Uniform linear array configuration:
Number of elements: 48
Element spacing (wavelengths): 0.25
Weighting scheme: cosine
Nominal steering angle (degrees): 15
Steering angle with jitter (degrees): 14.521
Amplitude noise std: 0.05
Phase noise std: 0.05

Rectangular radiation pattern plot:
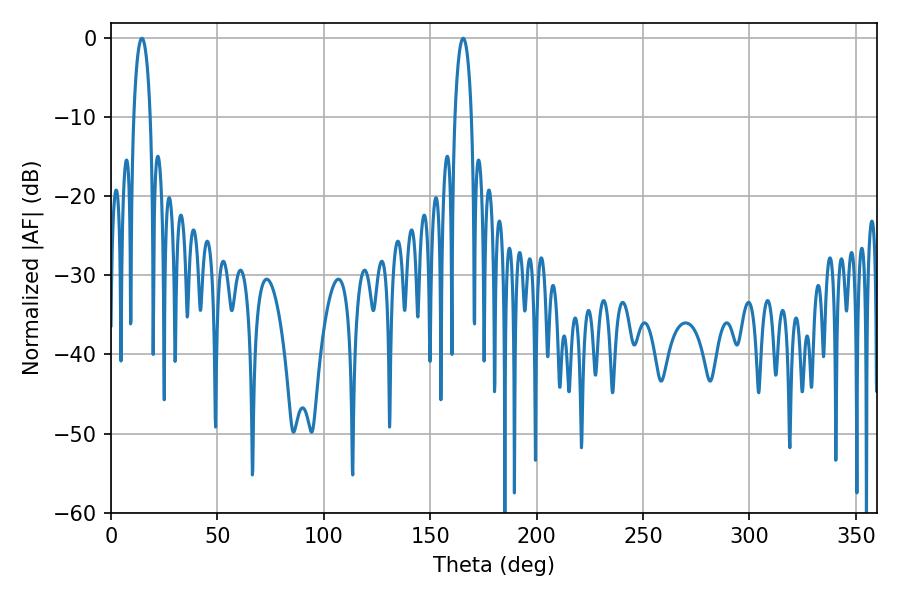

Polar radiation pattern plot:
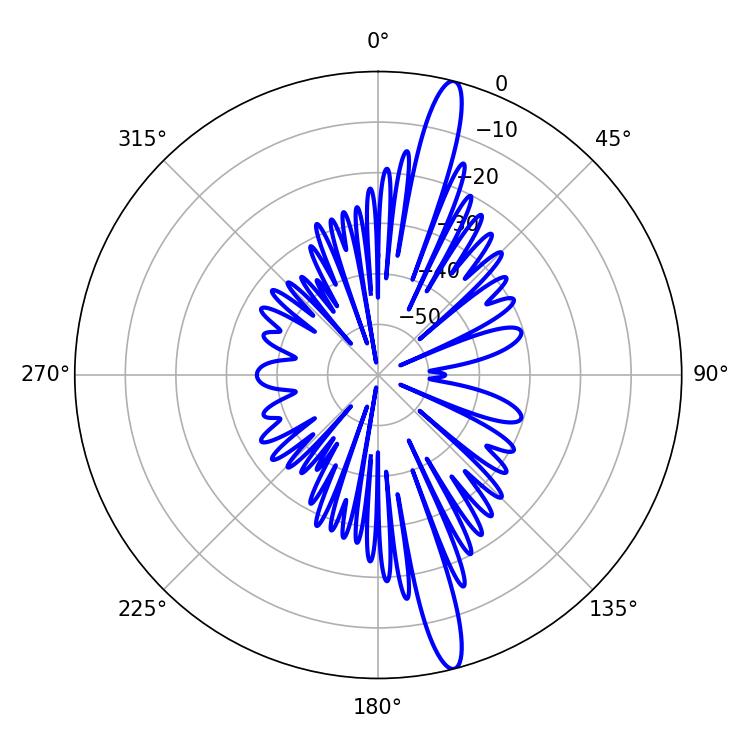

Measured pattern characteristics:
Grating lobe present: FALSE
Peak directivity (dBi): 16.594
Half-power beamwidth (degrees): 4.5
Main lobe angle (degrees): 14.58